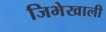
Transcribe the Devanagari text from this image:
जिभेखाली